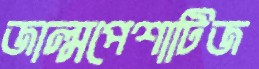
জাল্মপেশাটিজ